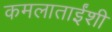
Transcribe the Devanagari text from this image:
कमलाताईंशी